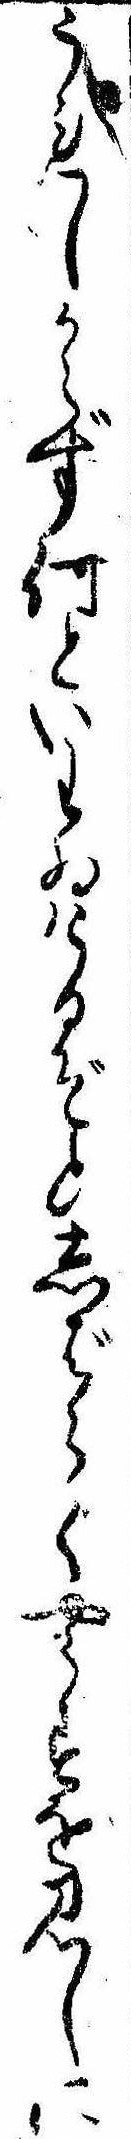
うれしからず何といわゐけるぞとしばらくやうすを見しに